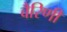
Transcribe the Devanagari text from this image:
वैरिणी